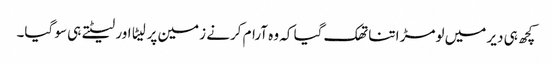
کچھ ہی دیر میں لومڑ اتنا تھک گیا کہ وہ آرام کرنے زمین پر لیٹا اور لیٹتے ہی سو گیا۔